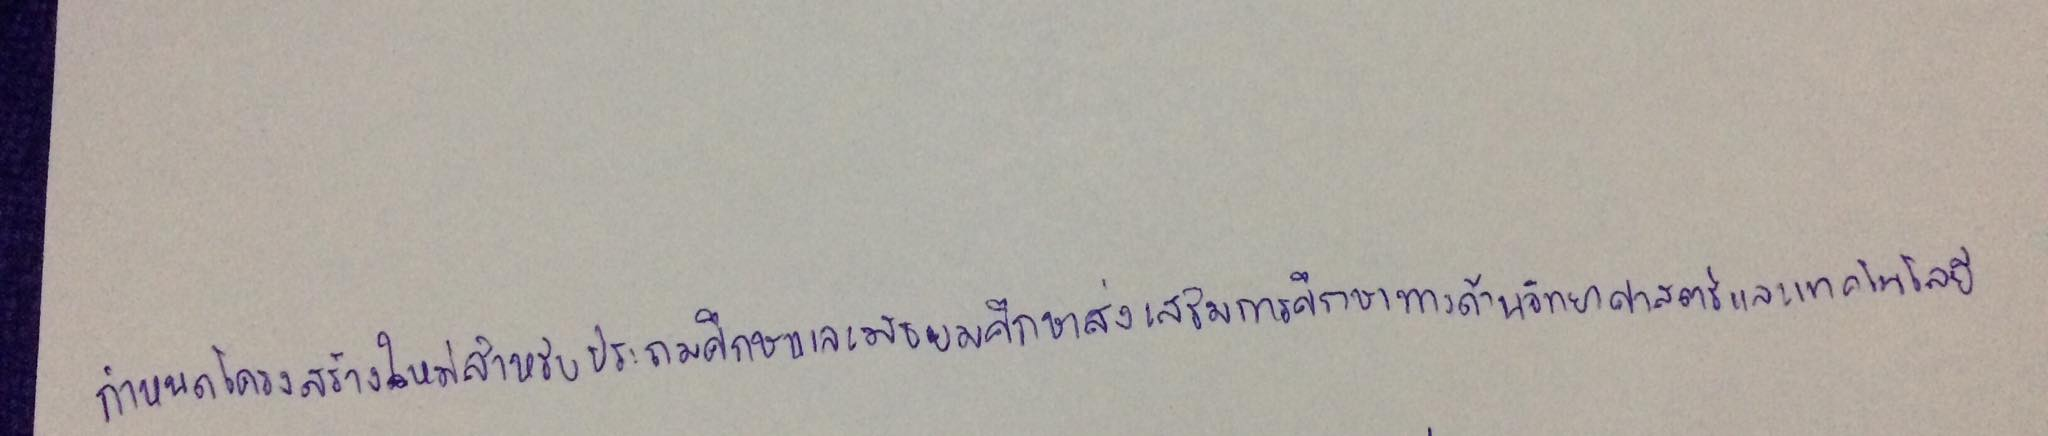
กำหนดโครงสร้างใหม่สำหรับประถมศึกษาและมัธยมศึกษาส่งเสริมการศึกษาทางด้านวิทยาศาสตร์และเทคโนโลยี